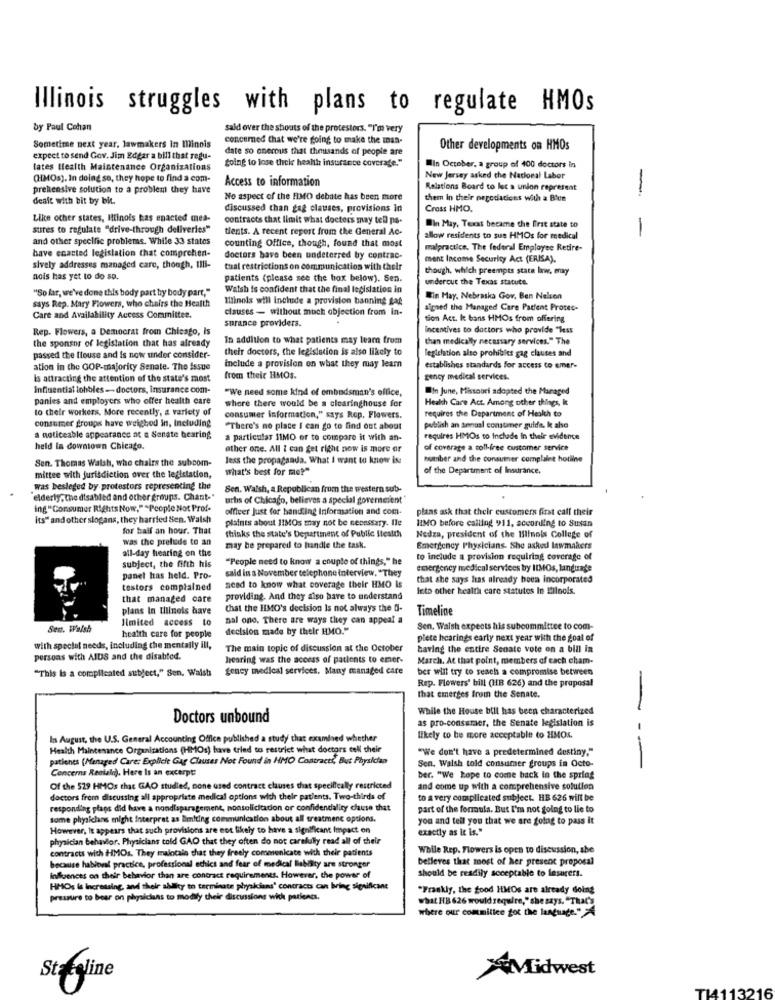
Illinois struggles with plans to regulate HMOs
by Paul Cohan
sald over the shouts of the protestors. "I'm very
concerned Chat we're going to make the man-
Sometime next year, lawmakers In Minois
Other developments on HMOs
expect to send Gov. Jim Edgar a bill that regu-
date so onerous that thousands of people are
going to lose their health insurance coverage."
lates Health Maintenance Organizations
Ilin October, a group of 400 doctors In
(HMOs). In doing so, they hope to find a com-
Access to information
New Jersey asked the National Labor
prehensive solution to a problem they have
Relations Board to lec a union represent
dealt with bit by bit.
No aspect of the FIMO debate has been more
them In their pegodacices with a Blue
-
discussed than gag clauses, provisions In
Cross HMO.
Like other states, Ilinois has enacted mea-
contracts chat limit what doctors may tell pa-
sures to regulate "drive-through deliveries"
tients. A recent report from the General Ac-
Win May, Texat became the first state to
and other specific problemas. While 33 states
counting Office, though, found that most
allow residents to sue HMOs for medical
-
have enacted legislation that comprehen-
malpractice. The federal Employee Retire-
doctors have been undeterred by contrac-
ment Income Security Act (ERISA).
sively addresses managed care, though, Illi-
tual restrictions on communication with their
though, which preempts state law, enay
nois has yet to do sp.
patients (please see the box below). Sen.
undercut the Texas stacute.
"So far, we've done this body part hy body part,"
Walsh is confident that the final legislation in
says Rep. Mary Flowers, who chairs the Health
Illinois will include a provision banning gat
Ein May, Nebraska Gov, Ben Nelson
clauses - without much objection from in-
signed the Managed Care Patient Protec-
Care and Availability Access Committee.
surance providers.
tion Act. k bans HMOs from offering
Rep. Flowers, a Democrat from Chicago, Is
Incentives to doctors who provide "less
the sponsor of legislation that has already
In addition to what patients may learn from
than medically necessary services." The
their doctors, the legislation is also likely to
legichation also prohibits gag clauses and
passed the Itouse and is now under consider-
ation in the GOP-majority Senate. The issue
include a provision on what they may learn
establishes standards for access to emer-
Is attracting the attention of the state's most
from their HMOS.
gency medical services.
Influential lohbles- doctors, insurance com-
"We need some kind of ombudsman's office,
In June, Missouri adopted the Managed
panies and employers who offer health care
where there would be a clearinghouse for
Health Care Act. Among other things, k
to their workers. More recently, a variety of
requires the Department of Health to
consumer groups have weighed in, Including
consumer information," says Rop, Flowers.
"There's no place I can go to find out about
publish an senual consumer guide, ke also
a noticeable appearance at a Senate bearing
a particular SIMO or to compare it with an-
requires HIMOs to Include In their evidence
held in downtown Chicago.
other one. All I can get right now is more or
of coverage a toll-free customer service
Sen. Thomas Walsh, whe chairs the subcom-
less the propaganda. What I want to know Ist
humber and the consumer complalet hotline
what's best for me?"
of the Department of Insurance.
mittee with jurisdiction over the legislation,
was besleged by protestors representing the
Sen. Walsh, a Republican from the western sub-
elderly, The disabled and other groups. Chant-"
urbs of Chicago, believes a special governeient'
ing"Consumer Rights Now," "People Not Prof.
officer Just for handling Information and com-
plans ask that their customers first call their
Its" and other slogans, they harried Sen. Walsh
plaints about HIMOs may not be necessary. Ile
RIMO before calling 911, according to Susan
for half an hour. That
thinks the state's Department of Public Stestch
was the prelude to an
Nedza, president of the Illinois College of
all-day hearing on the
may be prepared to handle the task.
Emergency Physicians. She asked lawmakers
subject, the fifth his
"People need to know a couple of things," he
to include a provision requiring coverage of
said in a November telephone interview. "They
emergency medical services by IIMOs, language
panel has held. Pro-
that she says has already been Incorporated
testors complained
need to know what coverage their HMO Is
leto other health care statutes In Ellnols.
that managed care
providing. And they also have to understand
plans In Illinois have
that the HMO's decision Is not always the 5-
Timeline
limited access to
nal ono. There are ways they can appeal a
Sen. Walsh
decision made by their HMO."
Sen. Walsh expects his subcommittee to com-
health care for people
piete hearings early next year with the goal of
with special needs, including che mentally ill,
The main topic of discussion at the October
having the entire Senate vote on a bill in
persons with AIDS and the disabled.
hearing was the access of patients to emer-
March. At that point, members of cach cham-
""This is a complicated subject," Sen. Walsh
gency medical services. Many managed care
ber will try to reach a compromise between
Rep. Flowers' bill (HB 626) and the proposal
that emerges from the Senate.
While the House bill has been characterized
Doctors unbound
as pro-consumaer, the Senate legislation is
In August, the U.S. General Accounting Office published a study that examined whether
likely to be more acceptable to HMOS
Health Maintenance Organizations (HMOs) have tried to restrict what doctors cell their
"We don't have a predetermined destiny."
patients (Managed Care: Explicit Gar Clauses Not Found in HMO Contracts, But Physician
Sen. Walsh told consumer groups in Octo-
---
Concerns Rediala). Here Is an excerpt:
ber. "We hope to come back in the spring
Of the 529 HMOs that GAO studied, none used contract clauses that specifically restricted
and come up with a comprehensive solution
doctors from discussing all appropriate medical options wich their patients. Two-thirds of
to a very complicated subject. HB 626 will be
responding plags did have a nondisparagement, nonsolicitation or confidendality clause that
part of the formula. But I'm not going to lie to
some physicians might interpret as limiting communication about all treatment options.
you and tell you that we are going to pass it
However, It appears that such provisions are not likely to have a significant impact on
exactly as it is."
physician behavior. Physicians told GAO that they often do not carelully read all of their
contracts with HMOs. They maintain that they freely commenicate with their patients
While Rep. Flowers is open to discussion, abe
believes that most of her present proposal
because habitval practice, professional ethics and fear of medical liability are stronger
should be readily acceptable to fesurers.
influences on their behavior than are contract requirements. However, the power of
HMOs is Increasing, and their ability to terminate plyyakians' contracts can bring significant
"Frankly, the good HMOs are already Going
pressure to bear on physicians to modify their discussions with patients.
what HB 626 would require," she says, "That's
where our commilice got the language." 4
Midwest
Staline
T14113216